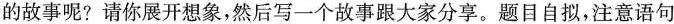
的故事呢?请你展开想象，然后写一个故事跟大家分享。题目自拟，注意语句